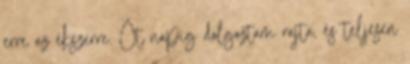
erre az ékszerre. Öt napig dolgoztam rajta, és teljesen